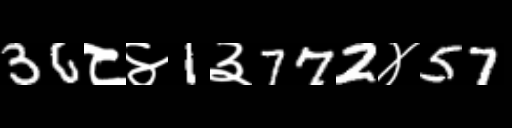
Text: 36८४1३772४57